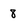
Character: 8